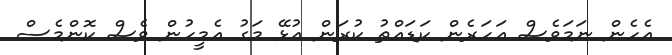
އެހެން ނަމަވެސް އަހަރެން ކަޑައްތު ކުރަން އުޅޭ މަގު އެމީހުން ވެސް ކޮންމެސް